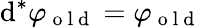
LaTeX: \mathrm{d}^{*}\varphi_{\mathrm{{~o~l~\mathrm{d}~}}}=\varphi_{\mathrm{{~o~l~\mathrm{d}~}}}